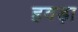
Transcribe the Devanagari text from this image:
हवड़ा